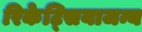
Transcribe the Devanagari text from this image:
रिकेट्सियाजन्य